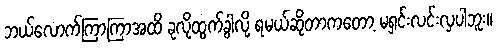
ဘယ်လောက်ကြာကြာအထိ ခုလိုထွက်ခွါလို့ ရမယ်ဆိုတာကတော့ မရှင်းလင်းလှပါဘူး။